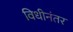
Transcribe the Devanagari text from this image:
विधीनंतर